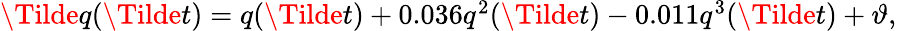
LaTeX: \begin{array}{r}{\Tilde{q}(\Tilde{t})=q(\Tilde{t})+0.036q^{2}(\Tilde{t})-0.011q^{3}(\Tilde{t})+\vartheta,}\end{array}